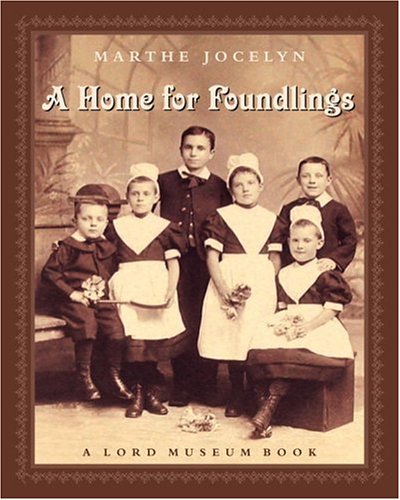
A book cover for A Home for Foundlings (Lord Museum Book); Marthe Jocelyn; Teen & Young Adult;